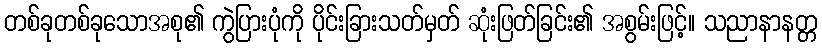
တစ်ခုတစ်ခုသောအစု၏ ကွဲပြားပုံကို ပိုင်းခြားသတ်မှတ် ဆုံးဖြတ်ခြင်း၏ အစွမ်းဖြင့်။ သညာနာနတ္တ